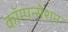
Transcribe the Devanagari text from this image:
कॉम्पन्सेशन